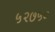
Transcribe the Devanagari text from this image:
५२७५०